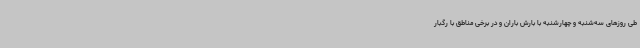
طی روزهای سه‌شنبه و چهارشنبه با بارش باران و در برخی مناطق با رگبار